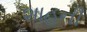
શાહની